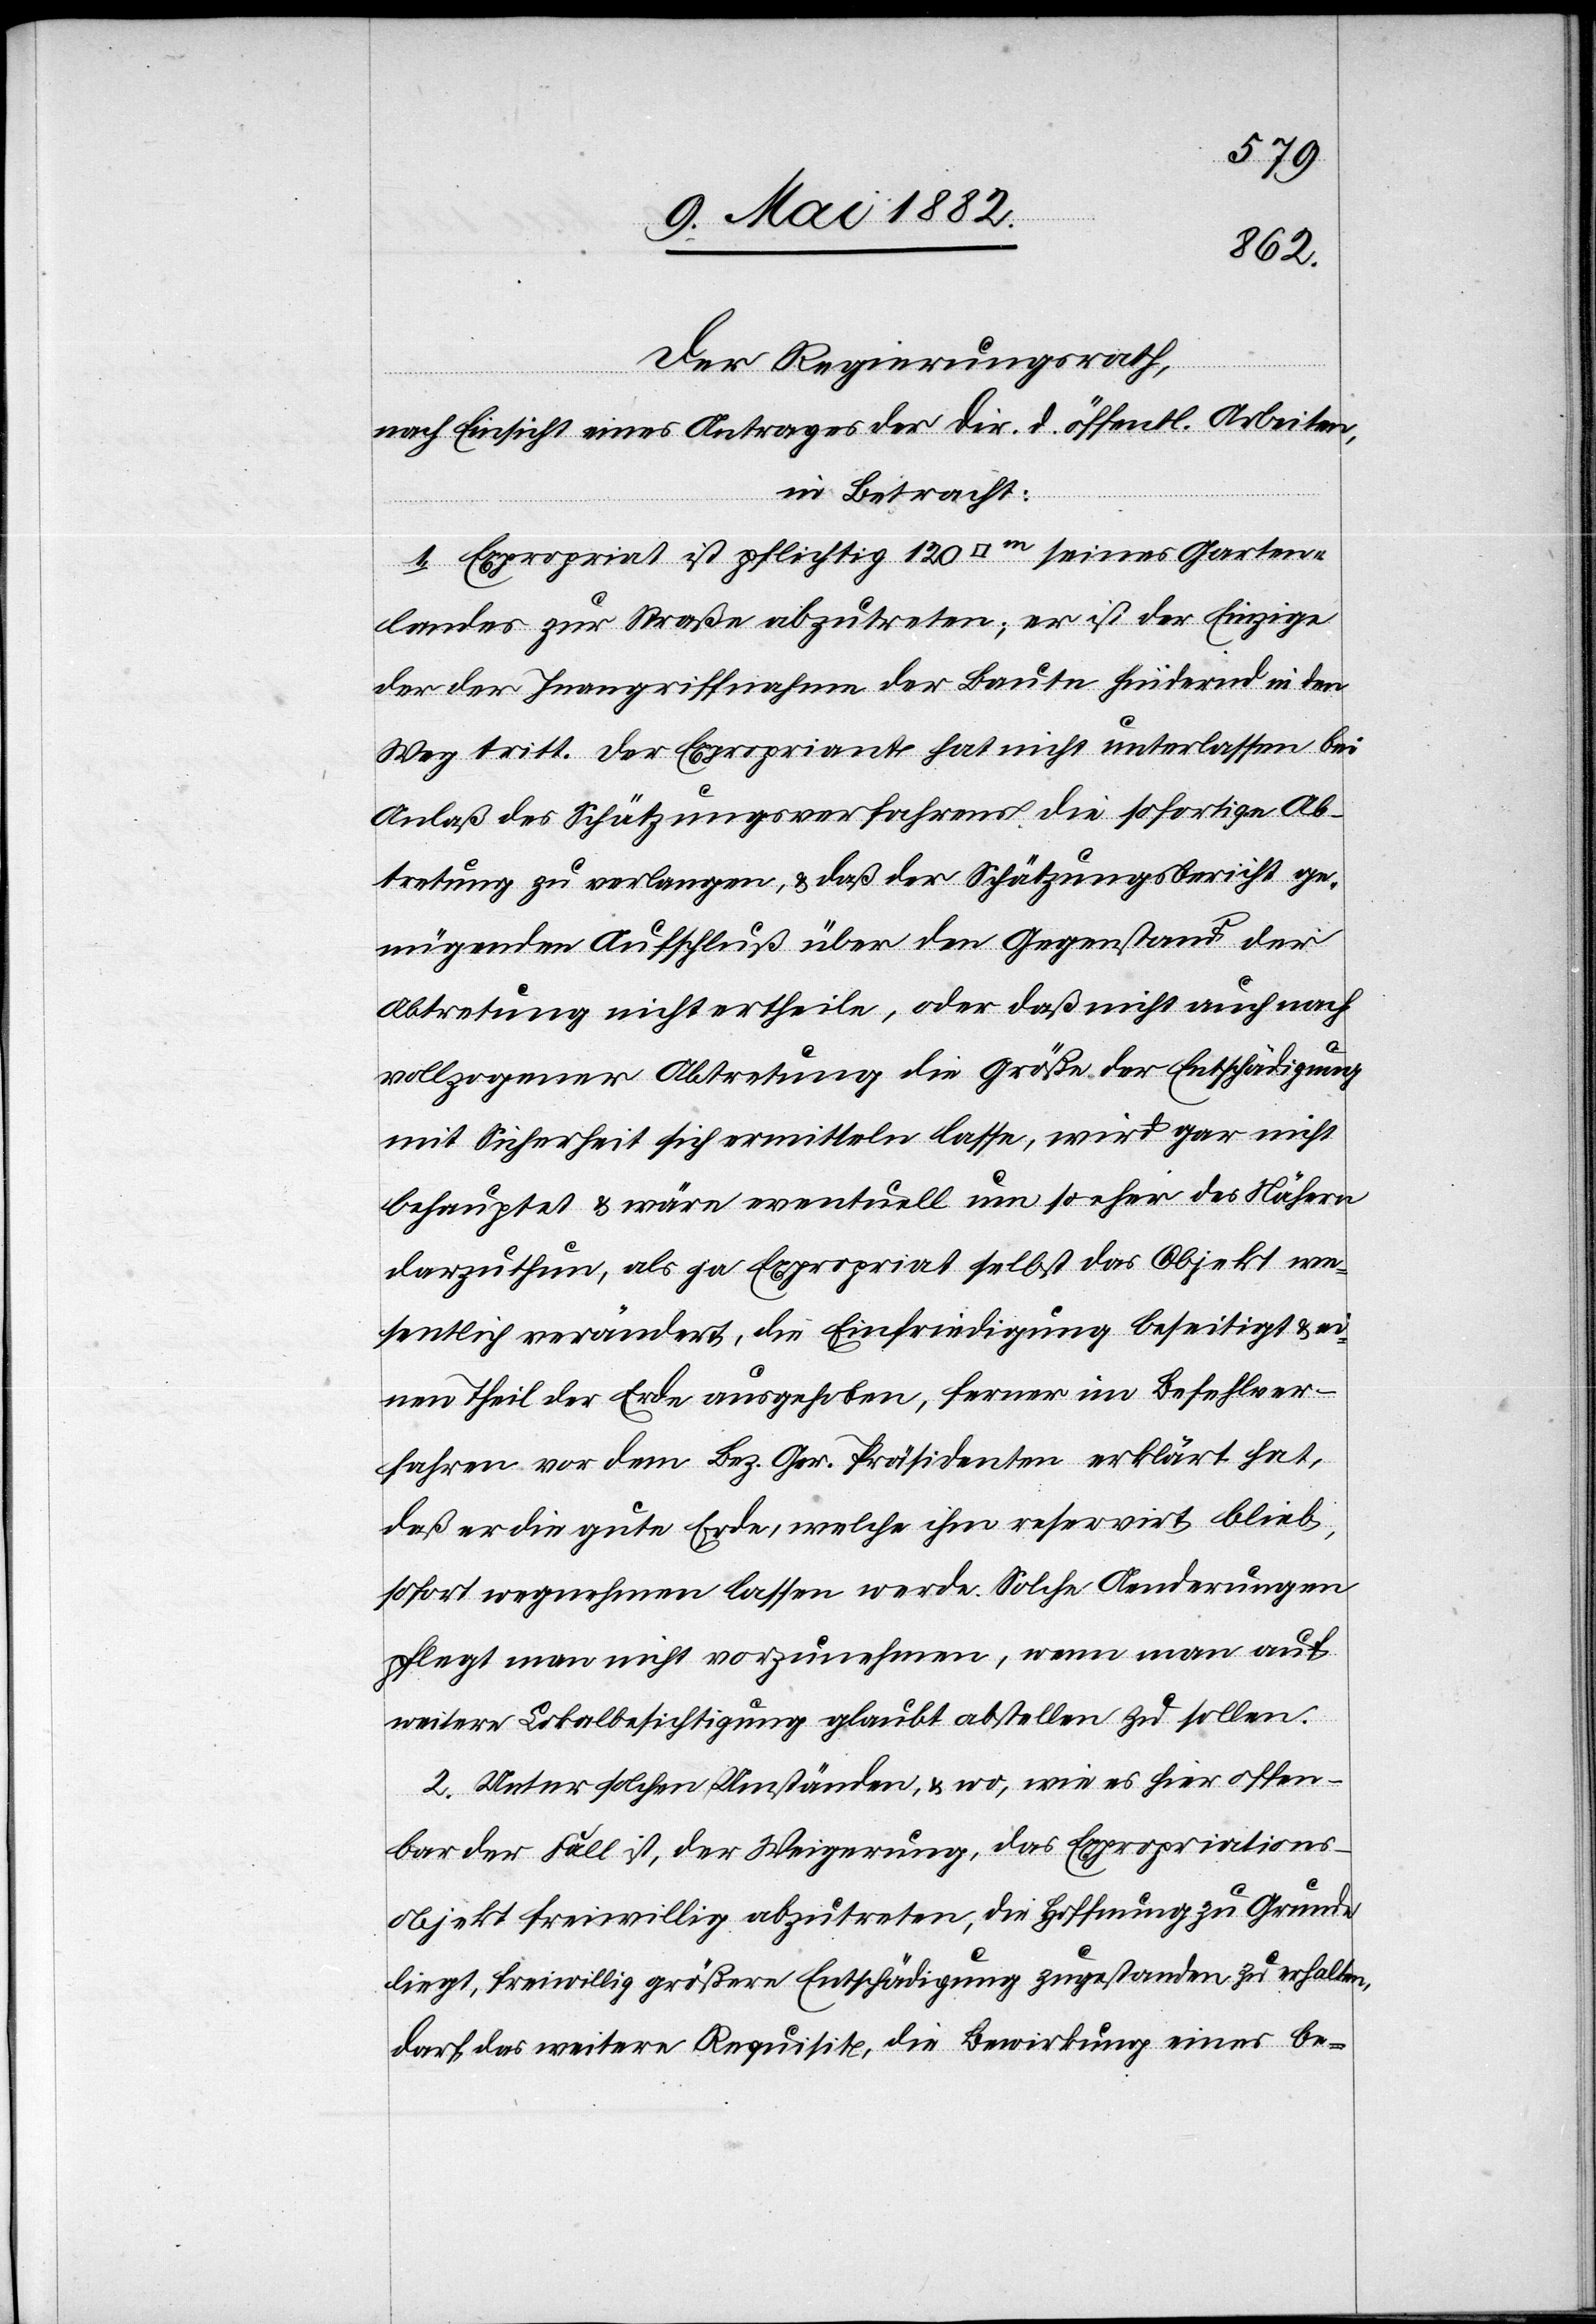
Der Regierungsrath,
nach Einsicht eines Antrages der Dir. d. öffentl. Arbeiten,
in Betracht:
1. Expropriat ist pflichtig 120 [Quadratmeter] seines Garten¬
landes zur Straße abzutreten; er ist der Einzige
der der Inangriffnahme der Baute hindernd in den
Weg tritt. Der Expropriant hat nicht unterlassen bei
Anlaß des Schätzungsverfahrens die sofortige Ab¬
tretung zu verlangen, & daß der Schätzungsbericht ge¬
nügenden Aufschluß über den Gegenstand der
Abtretung nicht ertheile, oder daß nicht auch nach
vollzogener Abtretung die Größe der Entschädigung
mit Sicherheit sich ermitteln lasse, wird gar nicht
behauptet & wäre eventuell um so eher des Nähern
darzuthun, als ja Expropriat selbst das Objekt we¬
sentlich verändert, die Einfriedigung beseitigt & ei¬
nen Theil der Erde ausgehoben, ferner im Befehlsver¬
fahren vor dem Bez. Ger. Präsidenten erklärt hat,
daß er die gute Erde, welche ihm reservirt blieb,
sofort wegnehmen lassen werde. Solche Aenderungen
pflegt man nicht vorzunehmen, wenn man auf
weitere Lokalbesichtigung glaubt abstellen zu sollen.
2. Unter solchen Umständen, & wo, wie es hier offen¬
bar der Fall ist, der Weigerung, das Expropriations¬
objekt freiwillig abzutreten, die Hoffnung zu Grunde
liegt, freiwillig größere Entschädigung zugestanden zu erhalten,
darf das weitere Requisit, die Bewirkung eines be-